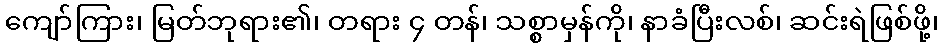
ကျော်ကြား၊ မြတ်ဘုရား၏၊ တရား ၄ တန်၊ သစ္စာမှန်ကို၊ နာခံပြီးလစ်၊ ဆင်းရဲဖြစ်ဖို့၊